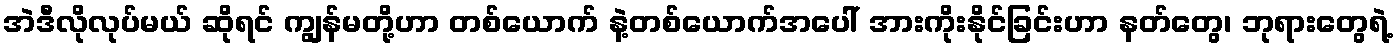
အဲဒီလိုလုပ်မယ် ဆိုရင် ကျွန်မတို့ဟာ တစ်ယောက် နဲ့တစ်ယောက်အပေါ် အားကိုးနိုင်ခြင်းဟာ နတ်တွေ၊ ဘုရားတွေရဲ့